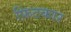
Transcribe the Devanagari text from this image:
फ़िटकार